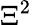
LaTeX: \Xi^{2}